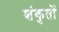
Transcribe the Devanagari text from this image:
शंकुतों